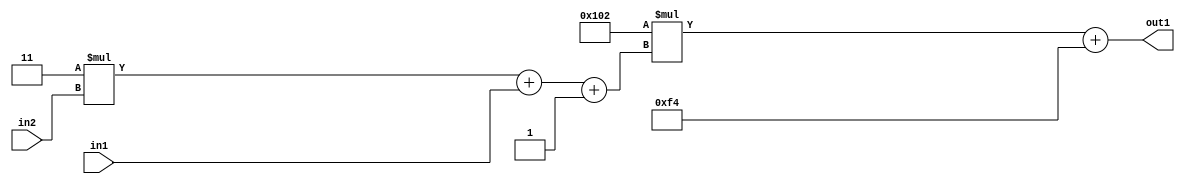
`timescale 1ps / 1ps
/*****************************************************************************
    Verilog RTL Description
    
    
    Created by: Stratus DpOpt 2019.1.01 
*******************************************************************************/

module DC_Filter_Add2i244Mul2i258Add3i1u1Mul2i3u2_4 (
	in2,
	in1,
	out1
	); /* architecture "behavioural" */ 
input [1:0] in2;
input  in1;
output [11:0] out1;
wire [11:0] asc001;
wire [3:0] asc002;

wire [3:0] asc002_tmp_0;
wire [3:0] asc002_tmp_1;
assign asc002_tmp_1 = 
	+(4'B0011 * in2);
assign asc002_tmp_0 = asc002_tmp_1
	+(in1);
assign asc002 = asc002_tmp_0
	+(4'B0001);

wire [11:0] asc001_tmp_2;
assign asc001_tmp_2 = 
	+(12'B000100000010 * asc002);
assign asc001 = asc001_tmp_2
	+(12'B000011110100);

assign out1 = asc001;
endmodule

/* CADENCE  vrTxTAw= : u9/ySgnWtBlWxVPRXgAZ4Og= ** DO NOT EDIT THIS LINE ******/